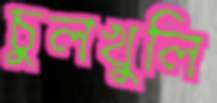
চুলখুলি